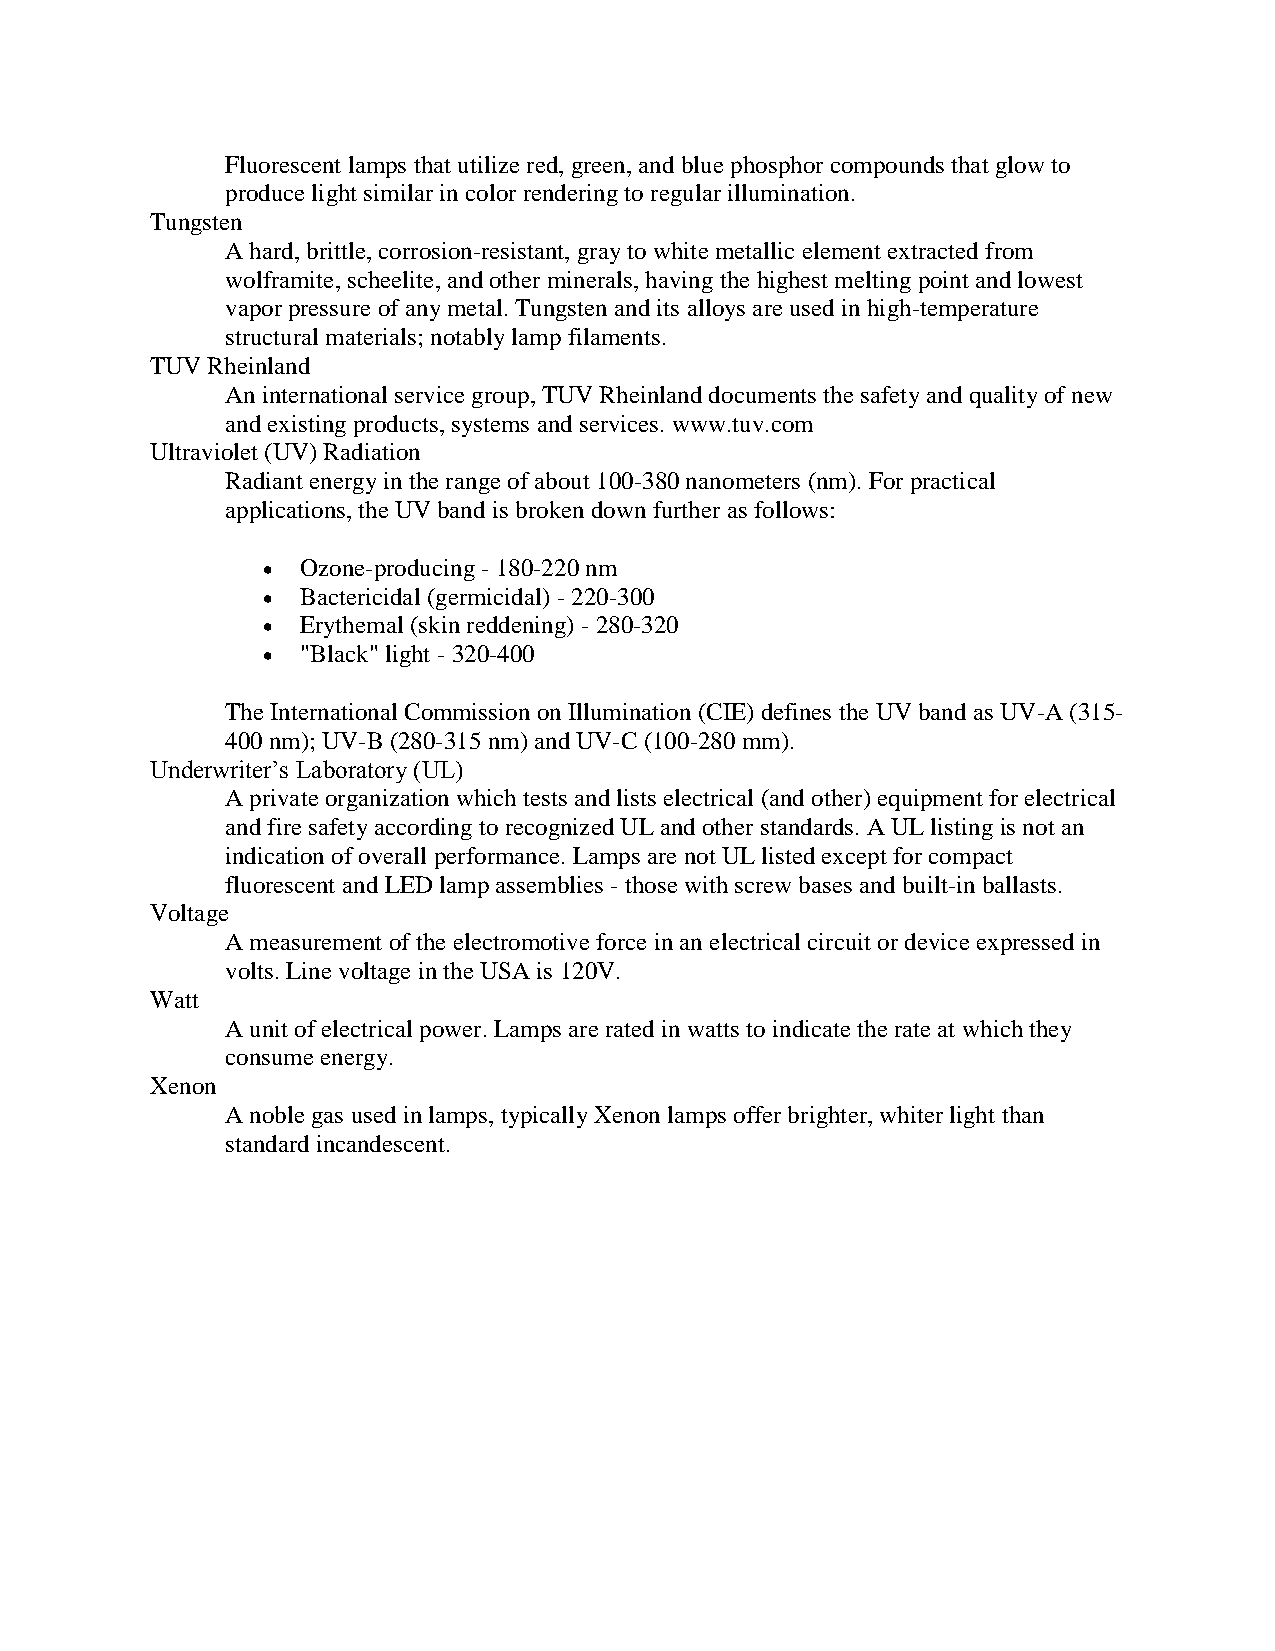
Fluorescent lamps that utilize red, green, and blue phosphor compounds that glow to
 produce light similar in color rendering to regular illumination.
 Tungsten
 A hard, brittle, corrosion-resistant, gray to white metallic element extracted from
 wolframite, scheelite, and other minerals, having the highest melting point and lowest
 vapor pressure of any metal. Tungsten and its alloys are used in high-temperature
 structural materials; notably lamp filaments.
 TUV Rheinland
 An international service group, TUV Rheinland documents the safety and quality of new
 and existing products, systems and services. www.tuv.com
 Ultraviolet (UV) Radiation
 Radiant energy in the range of about 100-380 nanometers (nm). For practical
 applications, the UV band is broken down further as follows:
   Ozone-producing - 180-220 nm
   Bactericidal (germicidal) - 220-300
   Erythemal (skin reddening) - 280-320
   "Black" light - 320-400
 The International Commission on Illumination (CIE) defines the UV band as UV-A (315-
 400 nm); UV-B (280-315 nm) and UV-C (100-280 mm).
 Underwriter’s Laboratory (UL)
 A private organization which tests and lists electrical (and other) equipment for electrical
 and fire safety according to recognized UL and other standards. A UL listing is not an
 indication of overall performance. Lamps are not UL listed except for compact
 fluorescent and LED lamp assemblies - those with screw bases and built-in ballasts.
 Voltage
 A measurement of the electromotive force in an electrical circuit or device expressed in
 volts. Line voltage in the USA is 120V.
 Watt
 A unit of electrical power. Lamps are rated in watts to indicate the rate at which they
 consume energy.
 Xenon
 A noble gas used in lamps, typically Xenon lamps offer brighter, whiter light than
 standard incandescent.